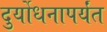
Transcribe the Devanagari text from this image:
दुर्योधनापर्यंत